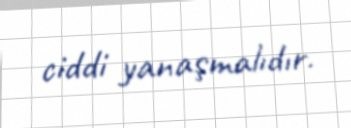
ciddi yanaşmalıdır.